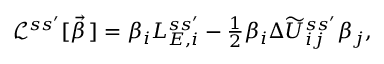
\begin{array} { r } { \mathcal { L } ^ { s s ^ { \prime } } [ \vec { \beta } \, ] = \beta _ { i } L _ { E , i } ^ { s s ^ { \prime } } - \frac { 1 } { 2 } \beta _ { i } \Delta \widetilde U _ { i j } ^ { s s ^ { \prime } } \beta _ { j } , } \end{array}